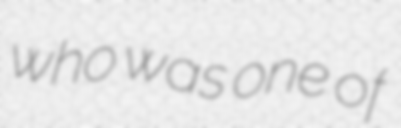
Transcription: who was one of